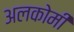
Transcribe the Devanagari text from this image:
अलकोमी